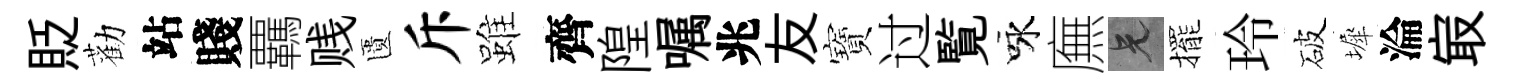
貶勸站賤覊贱匱斥雖齊隍嘱兆友寶过覧咏廡兄擺玲破墀淪㝡